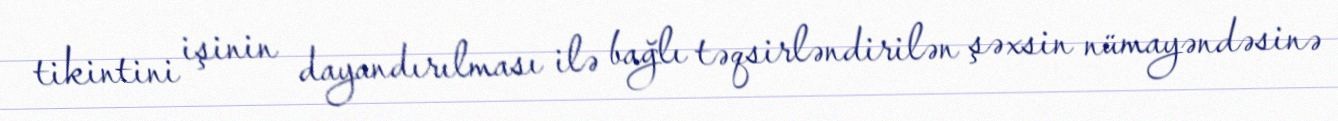
tikintini işinin dayandırılması ilə bağlı təqsirləndirilən şəxsin nümayəndəsinə